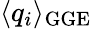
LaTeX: \langle q_{i}\rangle_{\mathrm{GGE}}